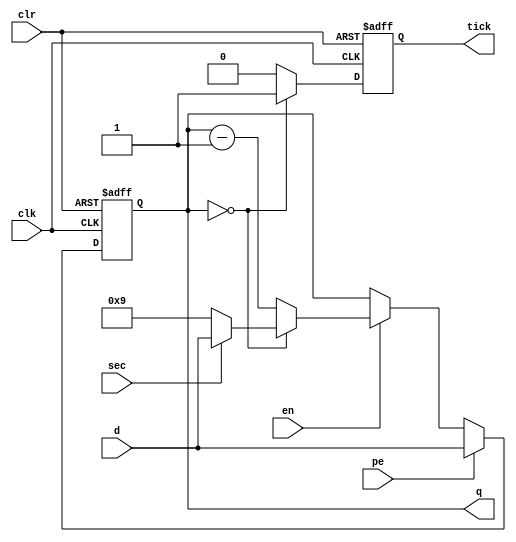
`timescale 1ns / 1ps
//////////////////////////////////////////////////////////////////////////////////
// Company: 
// Engineer: 
// 
// Design Name: 
// Module Name: countdown
// Project Name: 
// Target Devices: 
// Tool Versions: 
// Description: 
// 
// Dependencies: 
// 
// Revision:
// Revision 0.01 - File Created
// Additional Comments:
// 
//////////////////////////////////////////////////////////////////////////////////


module countdown
    (
    input wire clk,clr,pe,en, //clkclrpeenor
    input wire [3:0] d, //
    input wire sec, //10
    output wire tick, 
    output wire [3:0] q
    );

    //
    reg [3:0] r_reg;
    reg [3:0] r_next;
    reg delay_reg;
    wire level;
    //
    always@(posedge clk, posedge clr) begin
        if(clr) begin
            r_reg <= 9;
        end else begin
            r_reg <= r_next;
        end
    end

    //
    always@(*) begin
        r_next = r_reg;
        if(pe) begin
           r_next = d; 
        end else if(en) begin 
            if(r_reg == 0) begin
                if(sec) begin
                    r_next = d;
                end else begin
                    r_next = 9;
                end
            end else begin
                r_next = r_reg - 1;
            end 
        end
    end
    
    assign level = (r_reg == 0) ? 1'b1 : 1'b0;
    //
    always@(posedge clk,posedge clr) begin
        if(clr) begin
            delay_reg <= 1'b0;
        end else begin
            delay_reg <= level;
        end
    end
    //
    assign q = r_reg;
    assign tick = delay_reg;    
    
endmodule